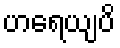
ဟရေယျပိ